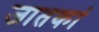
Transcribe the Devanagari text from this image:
जातकां